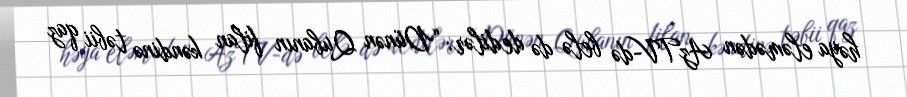
həya eləmədən AzTV-də belə də dedilər: “Dünən Qubanın filan kəndinə təbii qaz